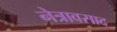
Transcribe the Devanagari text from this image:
नेत्रावसाद